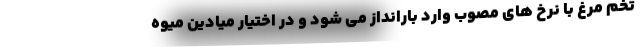
تخم مرغ با نرخ های مصوب وارد بارانداز می شود و در اختیار میادین میوه